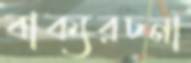
বাক্যরচনা